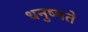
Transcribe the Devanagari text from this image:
धनुष्मते